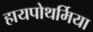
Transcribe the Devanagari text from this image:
हायपोथर्मिया